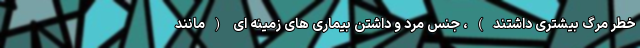
خطر مرگ بیشتری داشتند)، جنس مرد و داشتن بیماری های زمینه ای (مانند